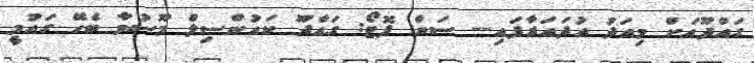
ގައްދޫއަށް މިއަދު އުދައަރާފައި-- ސަން ފޮޓޯ: ގައްދޫ ކައުންސިލް މޫސުމާ ބެހޭ ގައުމީ